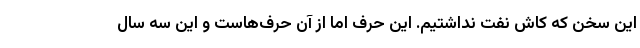
این سخن که کاش نفت نداشتیم. این حرف اما از آن حرف‌هاست و این سه سال